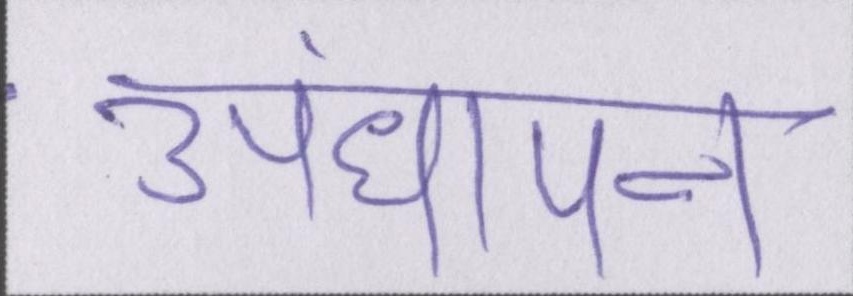
अंधापन